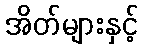
အိတ်များနှင့်